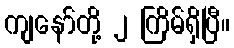
ကျနော်တို့ ၂ ကြိမ်ရှိပြီ။